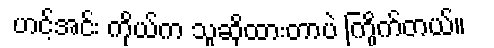
ဟင့်အင်း ကိုယ်က သူဆိုထားတာပဲ ကြိုက်တယ်။